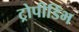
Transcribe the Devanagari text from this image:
ट्रोपीडिंभ